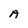
Character: A